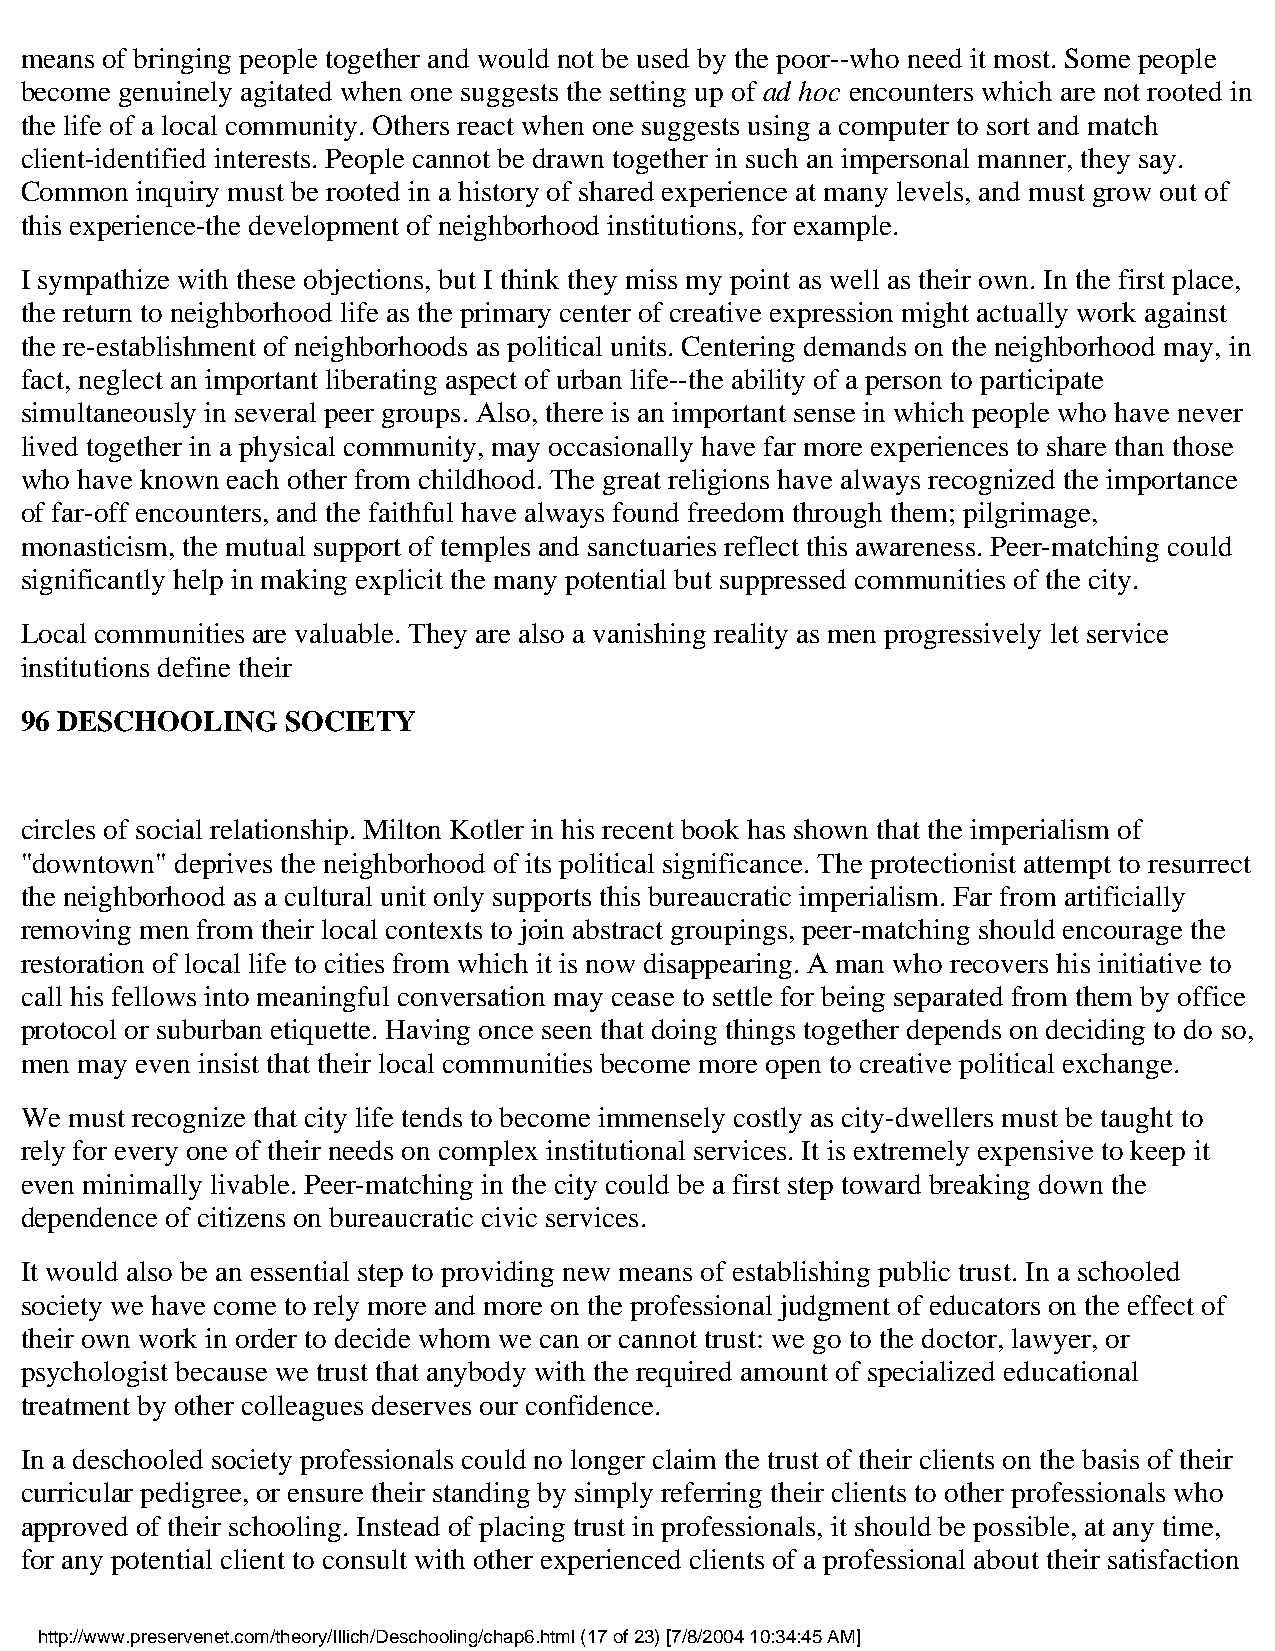
means of bringing people together and would not be used by the poor--who need it most. Some people
 become genuinely agitated when one suggests the setting up of ad hoc encounters which are not rooted in
 the life of a local community. Others react when one suggests using a computer to sort and match
 client-identified interests. People cannot be drawn together in such an impersonal manner, they say.
 Common  inquiry must be rooted in a history of shared experience at many levels, and must grow out of
 this experience-the development of neighborhood institutions, for example.
 I sympathize with these objections, but I think they miss my point as well as their own. In the first place,
 the return to neighborhood life as the primary center of creative expression might actually work against
 the re-establishment of neighborhoods as political units. Centering demands on the neighborhood may, in
 fact, neglect an important liberating aspect of urban life--the ability of a person to participate
 simultaneously in several peer groups. Also, there is an important sense in which people who have never
 lived together in a physical community, may occasionally have far more experiences to share than those
 who have known each other from childhood. The great religions have always recognized the importance
 of far-off encounters, and the faithful have always found freedom through them; pilgrimage,
 monasticism, the mutual support of temples and sanctuaries reflect this awareness. Peer-matching could
 significantly help in making explicit the many potential but suppressed communities of the city.
 Local communities are valuable. They are also a vanishing reality as men progressively let service
 institutions define their
 96 DESCHOOLING    SOCIETY
 circles of social relationship. Milton Kotler in his recent book has shown that the imperialism of
 "downtown" deprives the neighborhood of its political significance. The protectionist attempt to resurrect
 the neighborhood as a cultural unit only supports this bureaucratic imperialism. Far from artificially
 removing men from their local contexts to join abstract groupings, peer-matching should encourage the
 restoration of local life to cities from which it is now disappearing. A man who recovers his initiative to
 call his fellows into meaningful conversation may cease to settle for being separated from them by office
 protocol or suburban etiquette. Having once seen that doing things together depends on deciding to do so,
 men may even insist that their local communities become more open to creative political exchange.
 We  must recognize that city life tends to become immensely costly as city-dwellers must be taught to
 rely for every one of their needs on complex institutional services. It is extremely expensive to keep it
 even minimally livable. Peer-matching in the city could be a first step toward breaking down the
 dependence of citizens on bureaucratic civic services.
 It would also be an essential step to providing new means of establishing public trust. In a schooled
 society we have come to rely more and more on the professional judgment of educators on the effect of
 their own work in order to decide whom we can or cannot trust: we go to the doctor, lawyer, or
 psychologist because we trust that anybody with the required amount of specialized educational
 treatment by other colleagues deserves our confidence.
 In a deschooled society professionals could no longer claim the trust of their clients on the basis of their
 curricular pedigree, or ensure their standing by simply referring their clients to other professionals who
 approved of their schooling. Instead of placing trust in professionals, it should be possible, at any time,
 for any potential client to consult with other experienced clients of a professional about their satisfaction
 http://www.preservenet.com/theory/Illich/Deschooling/chap6.html (17 of 23) [7/8/2004 10:34:45 AM]